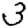
Digit: 3